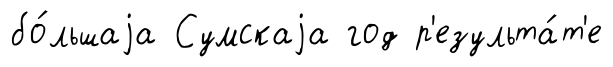
бо́льшаjа Сумскаjа год р'езульта́т'е